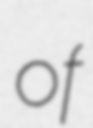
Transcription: of